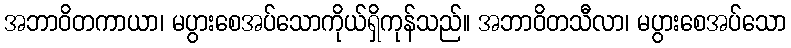
အဘာဝိတကာယာ၊ မပွားစေအပ်သောကိုယ်ရှိကုန်သည်။ အဘာဝိတသီလာ၊ မပွားစေအပ်သော